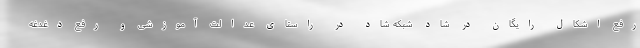
رفع اشکال رایگان در شاد شبکه شاد در راستای عدالت آموزشی و رفع دغدغه